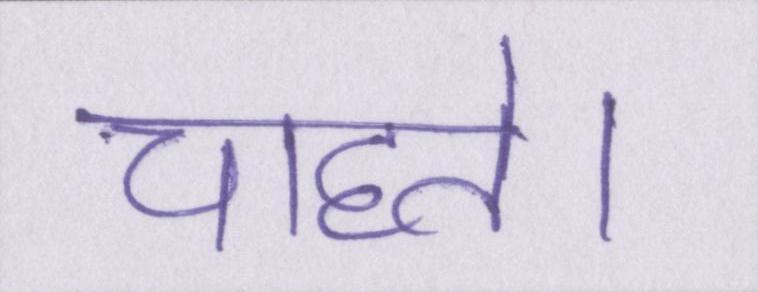
चाहते।